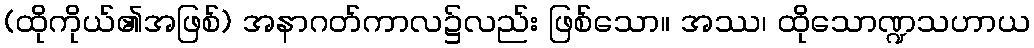
(ထိုကိုယ်၏အဖြစ်) အနာဂတ်ကာလ၌လည်း ဖြစ်သော။ အဿ၊ ထိုသောဏ္ဍသဟာယ